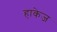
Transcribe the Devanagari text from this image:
हाकेज